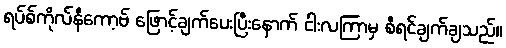
ရပ်စ်ကိုလ်နီကော့ဗ် ဖြောင့်ချက်ပေးပြီးနောက် ငါးလကြာမှ စီရင်ချက်ချသည်။